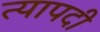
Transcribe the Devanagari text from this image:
त्यापदी